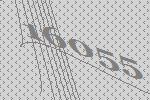
16055